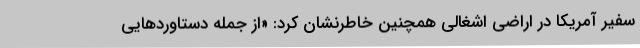
سفیر آمریکا در اراضی اشغالی همچنین خاطرنشان کرد: «از جمله دستاوردهایی